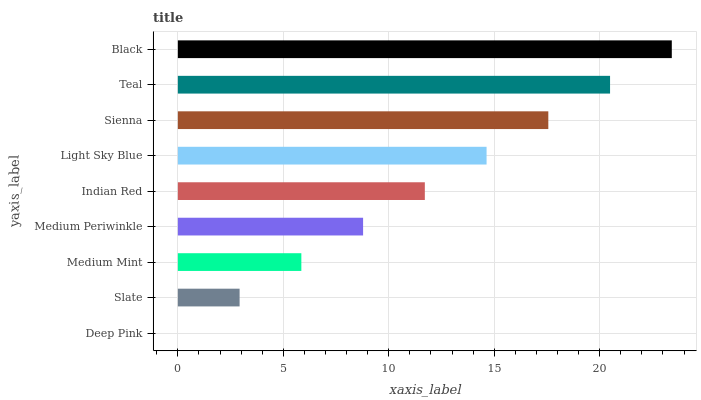
| yaxis_label | bars |
 | --- | --- |
 | Deep Pink | 0 |
 | Slate | 2.93 |
 | Medium Mint | 5.86 |
 | Medium Periwinkle | 8.78 |
 | Indian Red | 11.7 |
 | Light Sky Blue | 14.6 |
 | Sienna | 17.6 |
 | Teal | 20.5 |
 | Black | 23.4 |